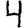
Digit: 4